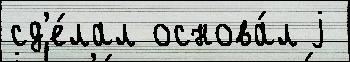
сд'е́лал основа́л j